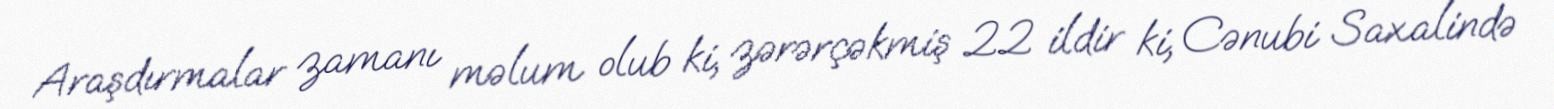
Araşdırmalar zamanı məlum olub ki, zərərçəkmiş 22 ildir ki, Cənubi Saxalində